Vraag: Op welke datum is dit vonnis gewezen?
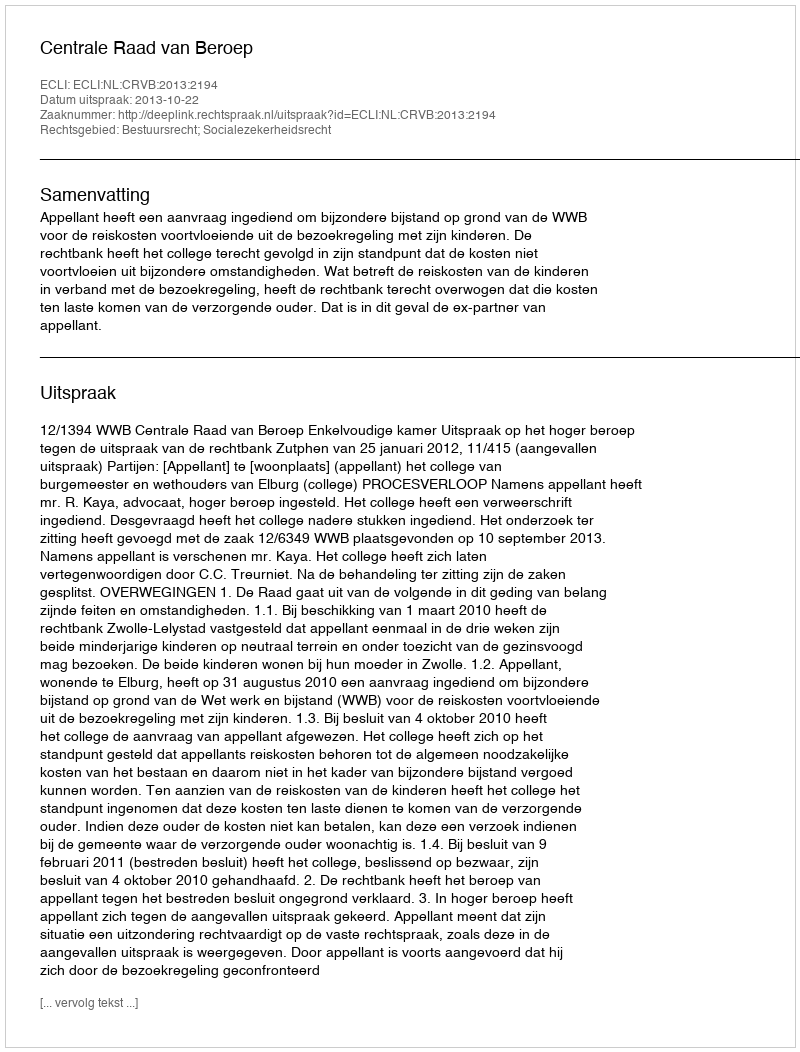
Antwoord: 2013-10-22